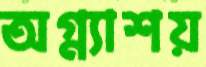
অগ্ন্যাশয়